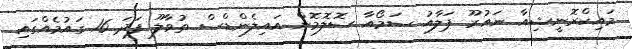
މައިކްރޮނީޝިއާ ނައުރޫ ޕަލާއު ސަމޯއާ ސޮލޮމޮން އައިލެންޑްސް ތުވާލޫ ފަދަ 16 ގައުމެއްގައި